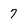
Character: 7